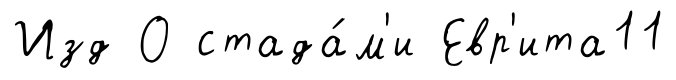
Изд О стада́м'и Евр'ита11